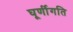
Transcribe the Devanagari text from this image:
घूर्णीगति